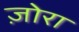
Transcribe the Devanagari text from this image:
ज़ोरा